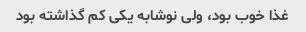
غذا خوب بود، ولی نوشابه یکی کم گذاشته بود